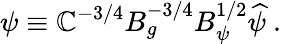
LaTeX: \psi\equiv\mathbb{C}^{-3/4}B_{g}^{-3/4}B_{\psi}^{1/2}\widehat{\psi}\ .